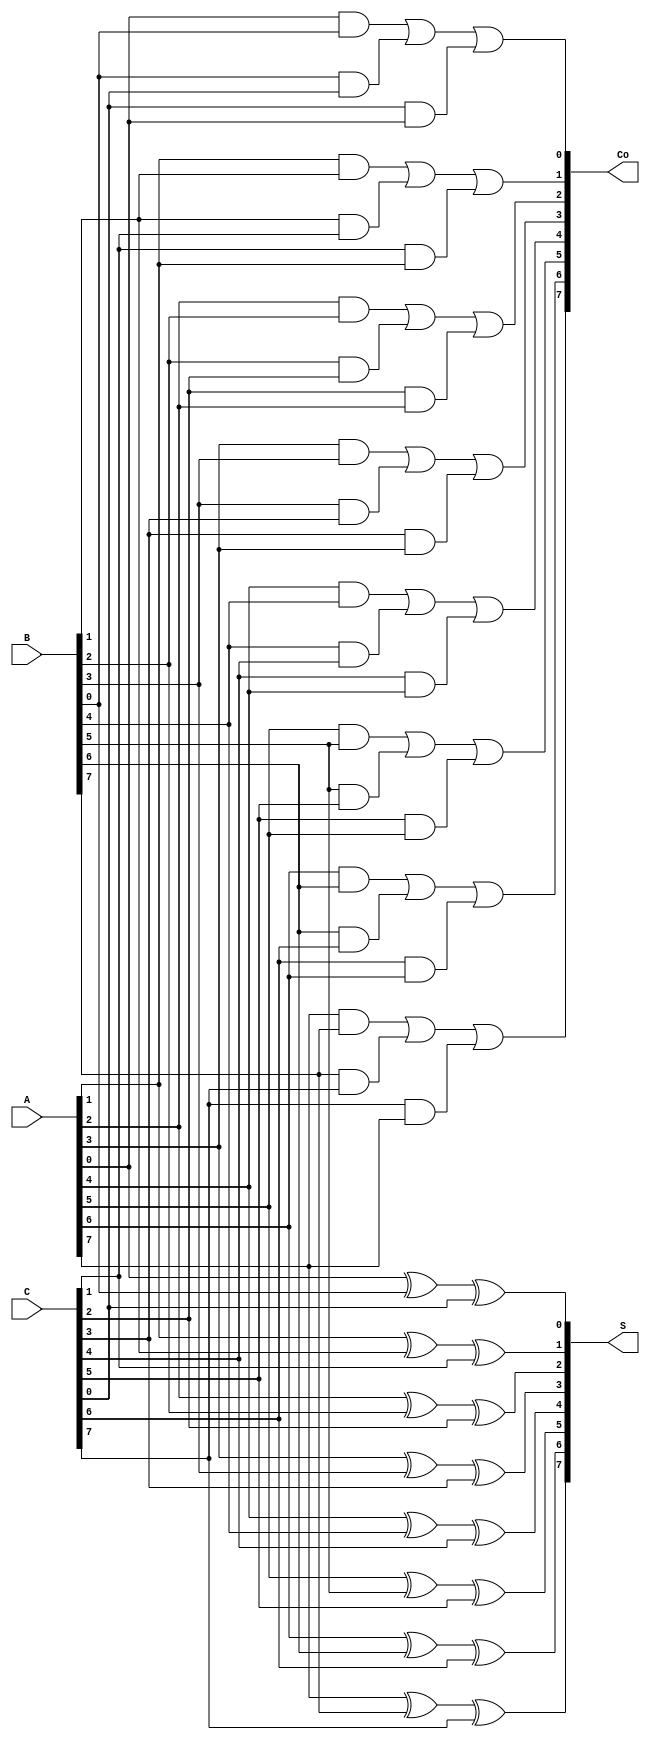
module CarrySaveAdder #(parameter n = 8) (
    input  wire [n-1:0] A, // First input
    input  wire [n-1:0] B, // Second input
    input  wire [n-1:0] C, // Third input
    output wire [n-1:0] S, // Sum output
    output wire [n-1:0] Co // Carry output
);

    // Carry Save Adder logic
    genvar i;
    generate
        for (i = 0; i < n; i = i + 1) begin : CSA_logic
            assign S[i] = A[i] ^ B[i] ^ C[i]; // Sum bit
            assign Co[i] = (A[i] & B[i]) | (B[i] & C[i]) | (C[i] & A[i]); // Carry bit
        end
    endgenerate

endmodule